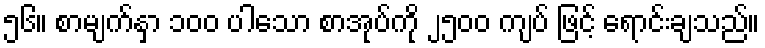
၅၆။ စာမျက်နှာ ၁၀၀ ပါသော စာအုပ်ကို ၂၅၀၀ ကျပ် ဖြင့် ရောင်းချသည်။